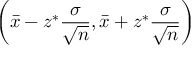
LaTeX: \left( { \bar { x } } - z ^ { * } { \frac { \sigma } { \sqrt { n } } } , { \bar { x } } + z ^ { * } { \frac { \sigma } { \sqrt { n } } } \right)